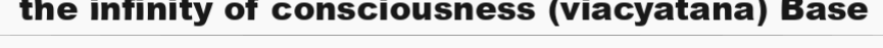
the infinity of consciousness (viacyatana) Base